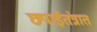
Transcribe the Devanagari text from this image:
छपाईतंत्रात